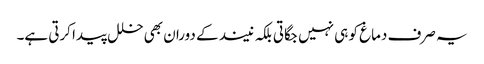
یہ صرف دماغ کو ہی نہیں جگاتی بلکہ نیند کے دوران بھی خلل پیدا کرتی ہے۔